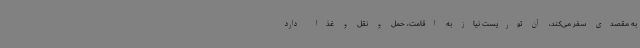
به مقصدی سفر می‌کند، آن توریست نیاز به اقامت، حمل و نقل و غذا دارد